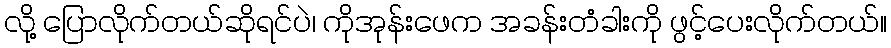
လို့ ပြောလိုက်တယ်ဆိုရင်ပဲ၊ ကိုအုန်းဖေက အခန်းတံခါးကို ဖွင့်ပေးလိုက်တယ်။